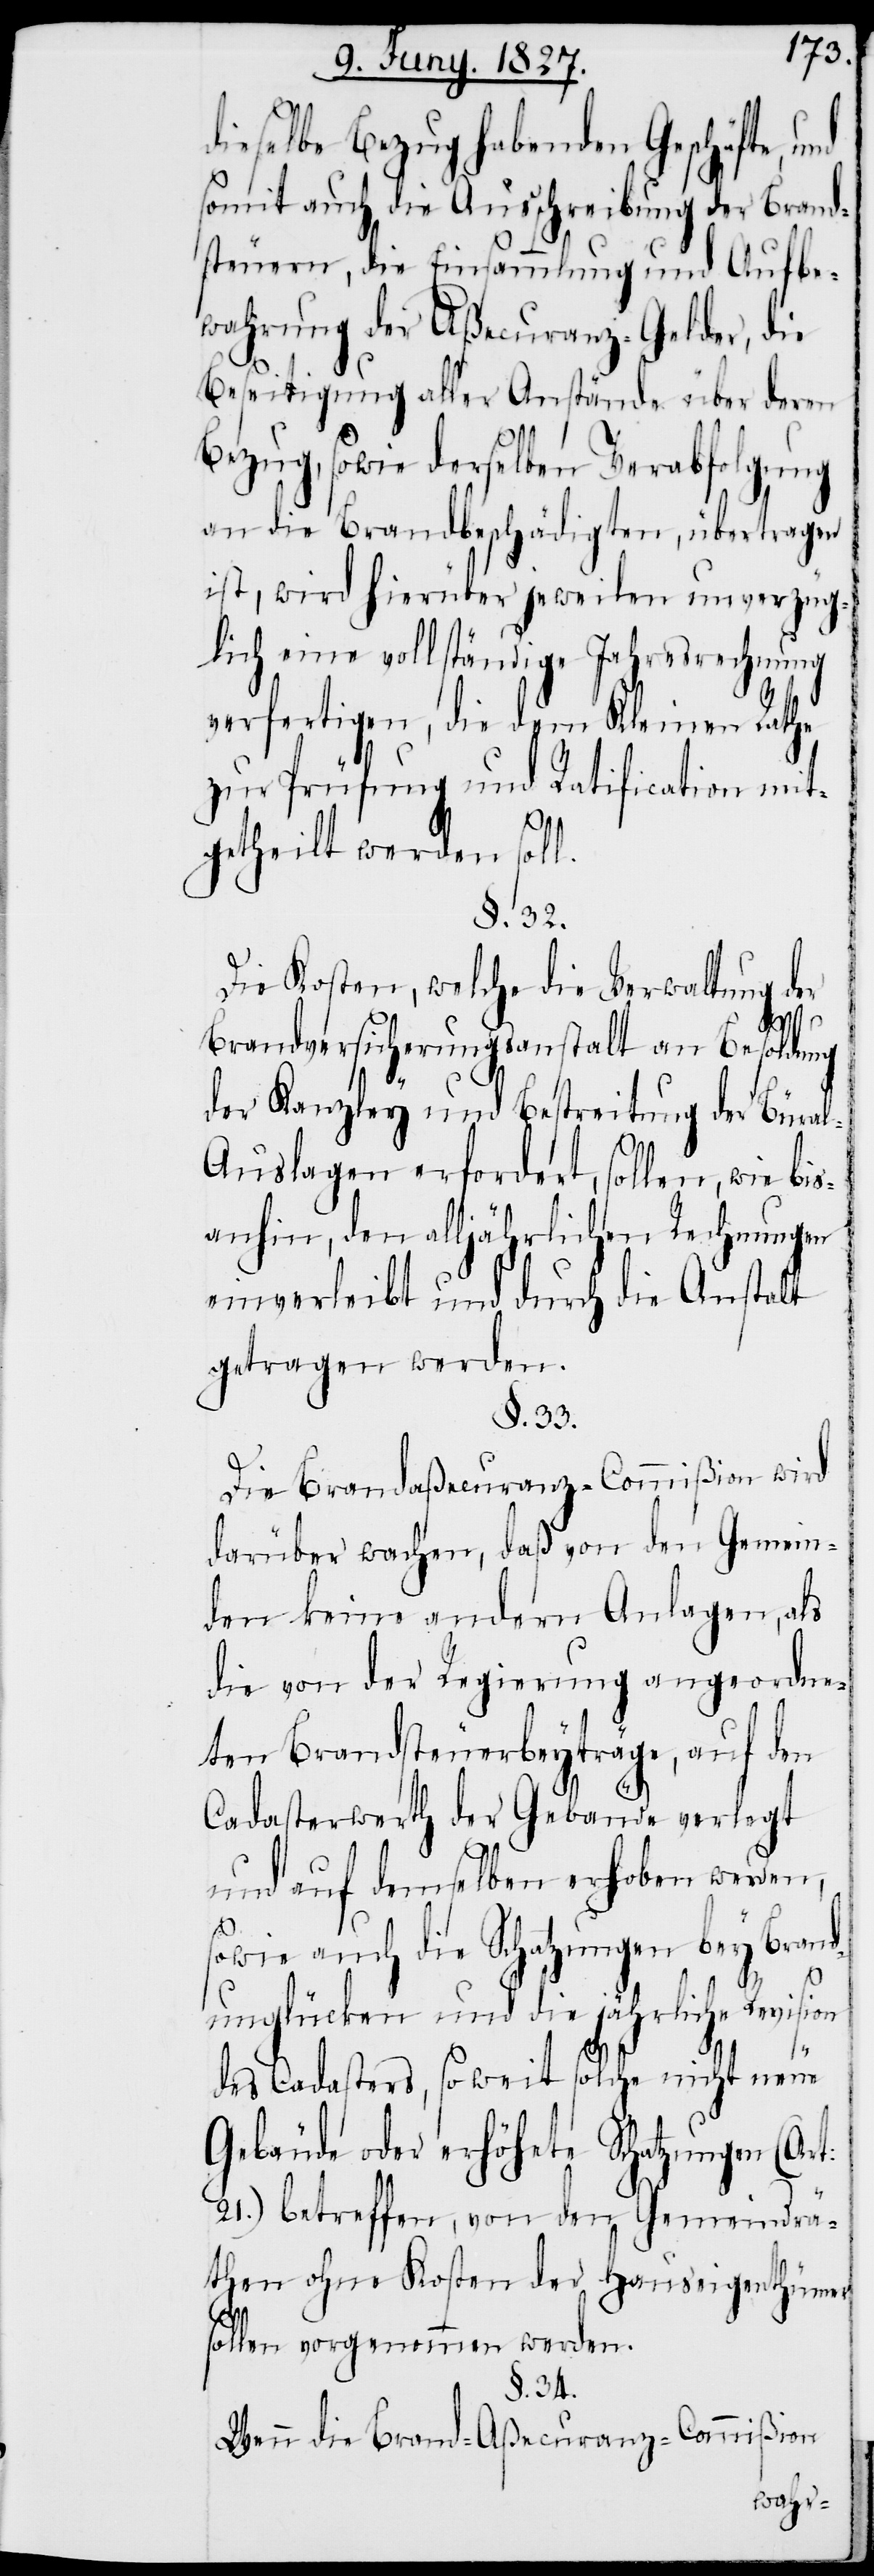
dieselbe Bezug habenden Geschäfte,
somit auch die Ausschreibung der Brand¬
steuern, die Einsammlung und Aufbe¬
wahrung der Aßecuranz-Gelder, die
Beseitigung aller Anstände über deren
Bezug, sowie derselben Verabfolgung
an die Brandbeschädigten, übertragen
ist, wird hierüber jeweilen unverzüg¬
lich eine vollständige Jahresrechnung
verfertigen, die dem Kleinen Rathe
zur Prüfung und Ratification mit¬
getheilt werden soll.
§. 32.
Die Kosten, welche die Verwaltung der
Brandversicherungsanstalt an Besoldung
t:
der Kanzley und Bestreitung der Büra¬
l-Auslagen erfordert, sollen, wie bis¬
anhin, den alljährlichen Rechnungen
einverleibt und durch die Anstalt
getragen werden.
§. 33.
Die Brandaßecuranz-Commißion wird
darüber wachen, daß von den Gemein¬
den keine andern Anlagen, als
die von der Regierung angeordne¬
ten Brandsteuerbeyträge, auf den
Cadasterwerth der Gebäude verlegt
und auf demselben erhoben werden,
sowie auch die Schätzungen bey Brand¬
unglücken und die jährliche Revision
des Cadasters, so weit solche nicht neue
Gebäude oder erhöhete Schatzungen (Ar¬
21.) betreffen, von den Gemeindrä¬
then ohne Kosten der Hauseigenthümer
sollen vorgenommen werden.
§. 34.
Wenn die Brand-Aßecuranz-Commißion